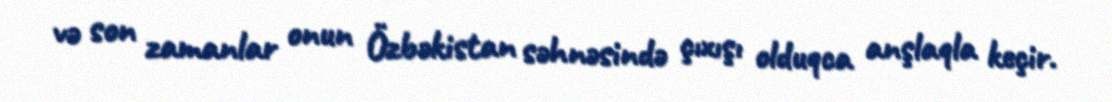
və son zamanlar onun Özbəkistan səhnəsində çıxışı olduqca anşlaqla keçir.